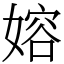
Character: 嫆